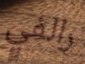
رالفي